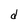
Character: d